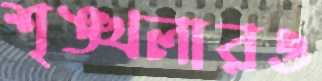
শৃঙ্খলারও